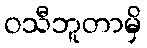
ဝသီဘူတာမှိ